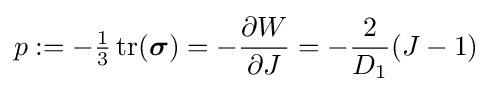
p:=-{\tfrac {1}{3}}\,{\text{tr}}({\boldsymbol {\sigma }})=-{\frac {\partial W}{\partial J}}=-{\frac {2}{D_{1}}}(J-1)